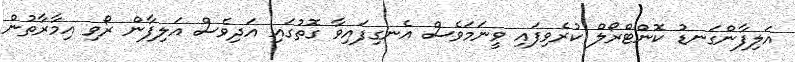
އަލިފާންގަނޑު ކޮންޓްރޯލް ކުރެވިފައި ވީނަމަވެސް އެނގިފައިވާ ގޮތުގައި އަދިވެސް އަލިފާން ރޯވި އިމާރާތުން